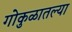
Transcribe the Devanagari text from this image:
गोकुळातल्या